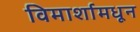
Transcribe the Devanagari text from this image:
विमार्शामधून